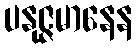
ပနုဇ္ဇမာနေန